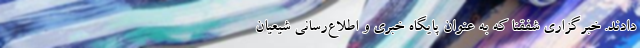
دادند. خبرگزاری شفقنا که به عنوان پایگاه خبری و اطلاع‌رسانی شیعیان